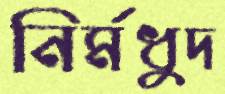
নির্মধুদ